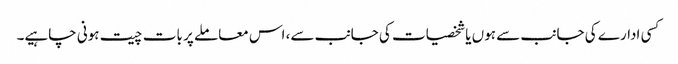
کسی ادارے کی جانب سے ہوں یا شخصیات کی جانب سے، اس معاملے پر بات چیت ہونی چاہیے۔